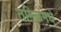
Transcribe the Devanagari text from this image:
तमिळमधे